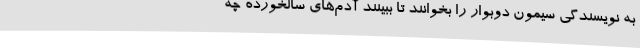
به نویسندگی سیمون دوبوار را بخوانند تا ببینند آدم‌های سالخورده چه